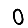
Digit: 0